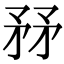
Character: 𥍤